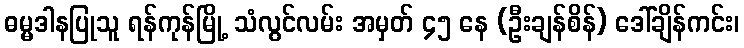
ဓမ္မဒါနပြုသူ ရန်ကုန်မြို့ သံလွင်လမ်း အမှတ် ၄၅ နေ (ဦးချန်စိန်) ဒေါ်ချိန်ကင်း၊